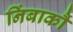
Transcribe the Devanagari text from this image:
निंबार्कौ